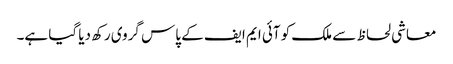
معاشی لحاظ سے ملک کو آئی ایم ایف کے پاس گروی رکھ دیا گیا ہے۔